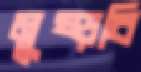
মুষ্‌ড়বি